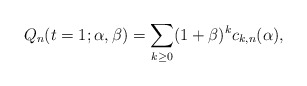
\begin{gather*} Q_n(t=1; \alpha,\beta)=\sum_{k \ge 0}(1+\beta)^k c_{k,n}( \alpha), \end{gather*}